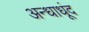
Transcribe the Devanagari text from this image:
अन्धाधूंद